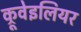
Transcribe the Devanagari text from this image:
क्रूवेइलियर